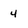
Character: 4